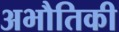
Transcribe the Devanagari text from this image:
अभौतिकी